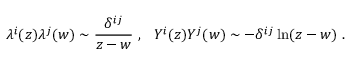
\lambda ^ { i } ( z ) \lambda ^ { j } ( w ) \sim \frac { \delta ^ { i j } } { z - w } ~ , ~ ~ Y ^ { i } ( z ) Y ^ { j } ( w ) \sim - \delta ^ { i j } \ln ( z - w ) ~ .